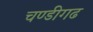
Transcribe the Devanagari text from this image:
चण्‍डीगढ